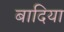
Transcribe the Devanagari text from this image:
बादिया